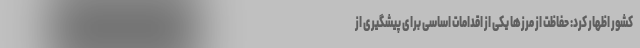
کشور اظهار کرد: حفاظت از مرزها یکی از اقدامات اساسی برای پیشگیری از